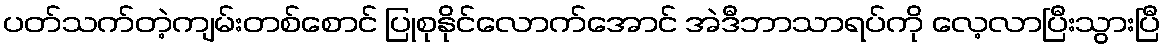
ပတ်သက်တဲ့ကျမ်းတစ်စောင် ပြုစုနိုင်လောက်အောင် အဲဒီဘာသာရပ်ကို လေ့လာပြီးသွားပြီ